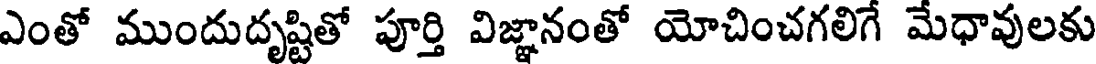
ఎంతో ముందుదృష్టితో పూర్తి విజ్ఞానంతో యోచించగలిగే మేధావులకు